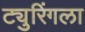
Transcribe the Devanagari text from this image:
ट्युरिंगला